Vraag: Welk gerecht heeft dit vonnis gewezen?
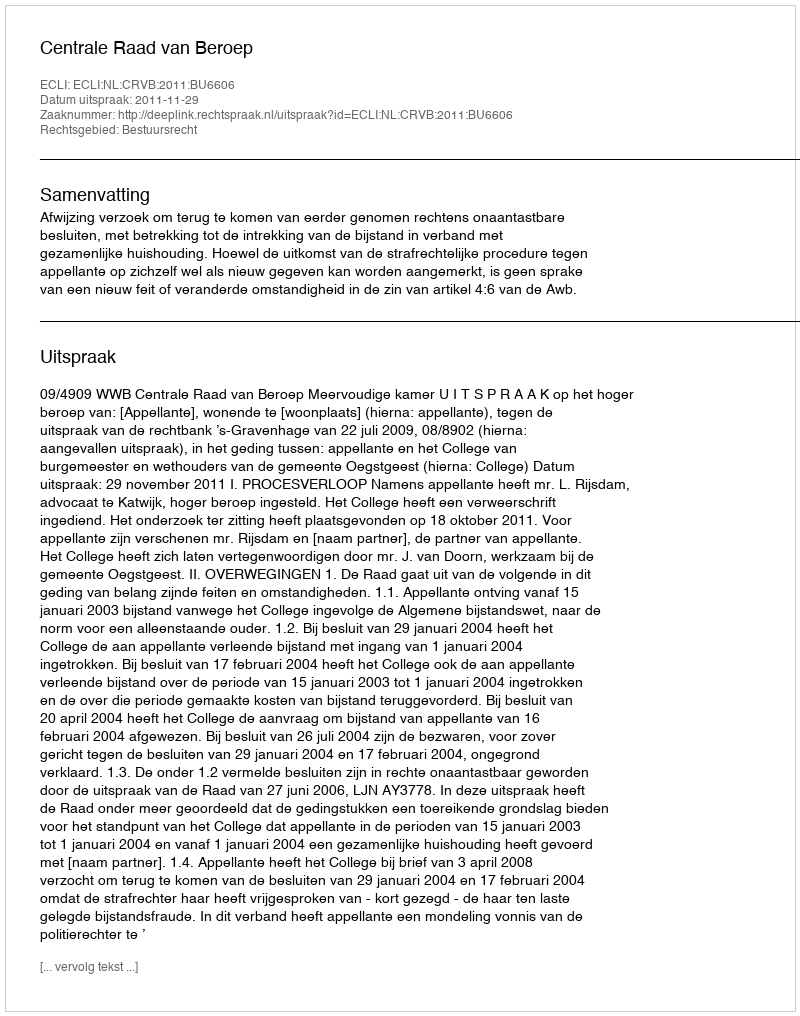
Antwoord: Centrale Raad van Beroep